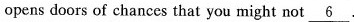
opens doors of chances that you might not \underline{6 }